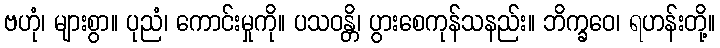
ဗဟုံ၊ များစွာ။ ပုညံ၊ ကောင်းမှုကို။ ပသဝန္တိ၊ ပွားစေကုန်သနည်း။ ဘိက္ခဝေ၊ ရဟန်းတို့။